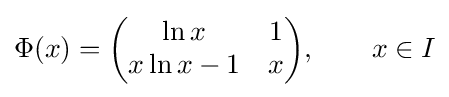
\Phi (x)={\begin{pmatrix}\ln x&1\\x\ln x-1&x\end{pmatrix}},\qquad x\in I